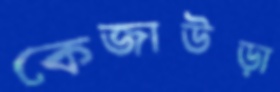
কেজাউড়া